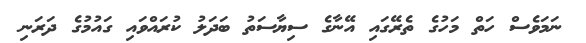
ނަމަވެސް ހަތް މަހުގެ ތެރޭގައި އޭނާގެ ސިޔާސަތު ބަދަލު ކުރައްވައި ގައުމުގެ ދަރަނި